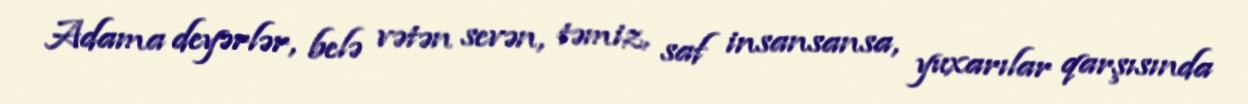
Adama deyərlər, belə vətən sevən, təmiz, saf insansansa, yuxarılar qarşısında